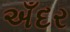
અઁદર